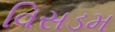
વિસડમ